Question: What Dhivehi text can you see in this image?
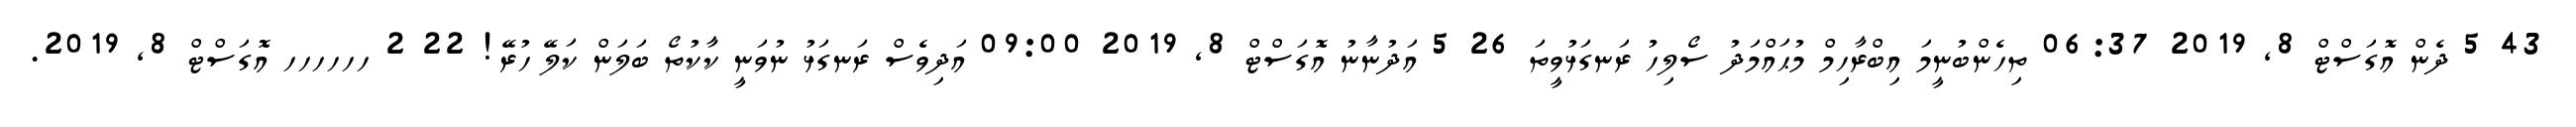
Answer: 43 5 ދެން އޮގަސްޓް 8, 2019 06:37 ތިހެންބުނީމަ އިބްރާހިމް މުޙައްމަދު ސޯލިހު ރަނގަޅުވީތަ 26 5 އަދުނާނު އޮގަސްޓް 8, 2019 09:00 އަދިވެސް ރަނގަޅު ނުވަނީ ކާކުތޯ ބަލަން ކަލޭ ހުރޭ! 22 2 ހހހހހހ އޮގަސްޓް 8, 2019.